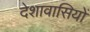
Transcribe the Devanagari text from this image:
देशावासियों